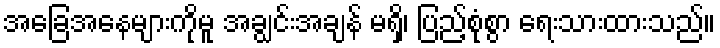
အခြေအနေများကိုမူ အချွင်းအချန် မရှိ၊ ပြည့်စုံစွာ ရေးသားထားသည်။